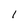
Character: 1